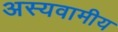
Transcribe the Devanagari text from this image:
अस्यवामीय